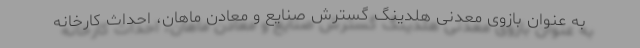
به عنوان بازوی معدنی هلدینگ گسترش صنایع و معادن ماهان، احداث کارخانه